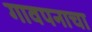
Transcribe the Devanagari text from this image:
गावपनाचा